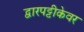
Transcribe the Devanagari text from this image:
द्वारपट्टीकेवर